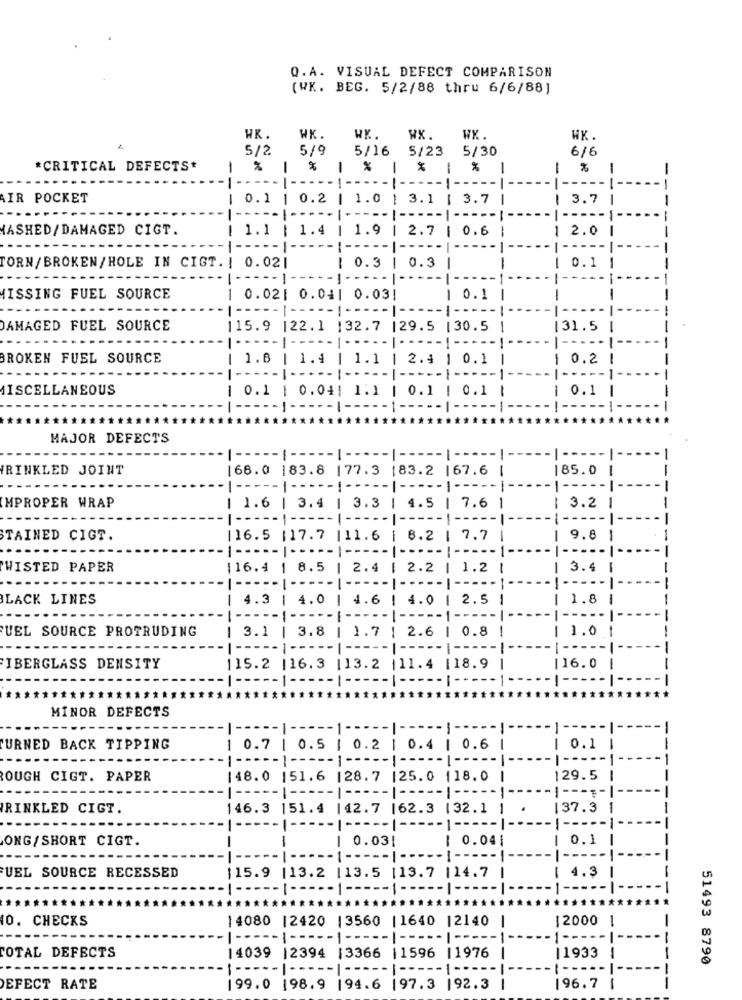
Q.A. VISUAL DEFECT COMPARISON
(WK. BEG. 5/2/88 thru 6/6/88]
HK.
WK.
WK.
WX.
WX.
WK.
5/2
5/9
5/16 5/23 5/30
6/6
*CRITICAL DEFECTS*
-
1
1
1 %
-
-
%
-
%
-
---
( --- -- ----
--- | --
-
--
IR POCKET
1 0.1 | 0.2 | 1.0 | 3.1 | 3.7
1
1 3.7
-
-
-----
HASHED/DAMAGED CIGT.
[ 1.1 | 1.4 | 1.9 | 2.7
1 0.6
1
1 2.0
-
--
----- ]
---
1 0.3 | 0.3
TORN/ BROKEN/HOLE IN CIGT. | 0.02|
-
-
1 0.1
··· | ---- - - - - - - | ----- |
---
HISSING FUEL SOURCE
1 0.02| 0.04| 0.03!
--
1 0.1 |
1
-- ----- ----- --
1 ----
DAMAGED FUEL SOURCE
115.9 122.1 132.7 |29.5 130.5 |
131.5
-- | ..
... ..
- 1 --
BROKEN FUEL SOURCE
[ ].6 | 1.4 | 1.1 | 2.4 1 0.1
1 0.2
--
MISCELLANEOUS
1 0.1 | 0.04| 1.1 | 0.1 | 0.1
0.1
-----
---.
---
---
MAJOR DEFECTS
( ----- ( ----- [ ----- | ----- [ -----!--
----
-
RINKLED JOINT
66.0 |83.8 | 77. 3 183.2 | 67.6
185.0
-
----- | ----- [ ----- | ----- | --
-
1 --
-
-
IMPROPER WRAP
| 1.6 | 3.4 | 3.3 | 4.5 | 7.6 1
1 3.2
-
[ ----- [ ----- [ ----- | ----- | -----
STAINED CIGT.
116.5 |17.7 |11.6 | 8.2 | 7.7
9.8
-
1 ----- --- - - --- - - | --
-1-
TWISTED PAPER
116.4 | 8.5 | 2.4 | 2.2 | 1.2 1
1 3.4
-
BLACK LINES
1 4.3 | 4.0 | 4.6 | 4.0 | 2.5 1
1 1.8
----- | ----- [ ----- [ --
-----
UEL SOURCE PROTRUDING
1 3.1 | 3.8 | 1.7 | 2.6 | 0.8
1.0
---
FIBERGLASS DENSITY
115.2 |16.3 |13.2 |11.4 |18.9
116.0
-
----- 1 ----- [ ----- | ----- [ ----- 1
---
*************
***
MINOR DEFECTS
1 --.
-1- ---- | ----- | ---
TURNED BACK TIPPING
1 0.7 | 0.5 | 0.2 | 0.4 | 0.6
1 0.1
----- 1 ----- | ----- [ ---
- [ -----
1 ----
ROUGH CIGT. PAPER
148.0 151.6 |28. 7 |25. 0 118. 0 |
129.5
1 ----- ( ----- ---------- [ -----!
-----
RINKLED CIGT.
46.3 151.4 | 42.7 |62.3 132.1
137.3
-
-------
------------- --
ONG/SHORT CIGT.
1
1 0.03|
1 0.04|
0.1
---
-- 1 ----- | ----- İ
[ 4.3
UEL SOURCE RECESSED
15.9 |13.2 |13.5 |13.7 |14.7
--
-- 1
---- |
10. CHECKS
14080 |2420 1 3560 | 1640 12140
12000 1
-| ---------
-- |-
--- -----
---
TOTAL DEFECTS
14039 |2394 13366 |1596 |1976
11933
51493 8790
1 ----- | ----- | --
DEFECT RATE
199.0 198.9 194.6 |97.3 192.3
196.7